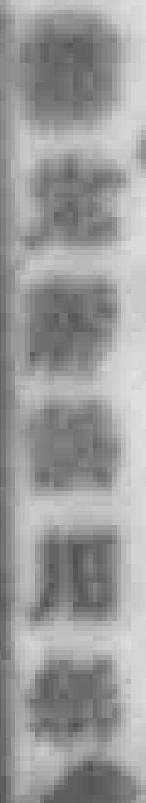
*用*